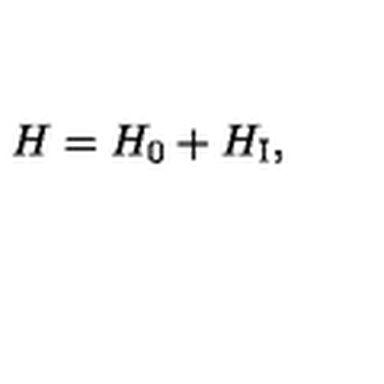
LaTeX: H = H _ { 0 } + H _ { \mathrm { \scriptsize I } } ,